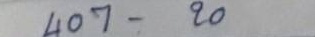
407 - 20